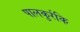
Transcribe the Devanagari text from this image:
पालकुर्रकि